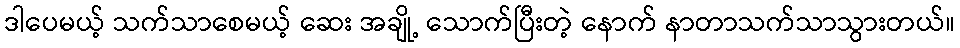
ဒါပေမယ့် သက်သာစေမယ့် ဆေး အချို့ သောက်ပြီးတဲ့ နောက် နာတာသက်သာသွားတယ်။